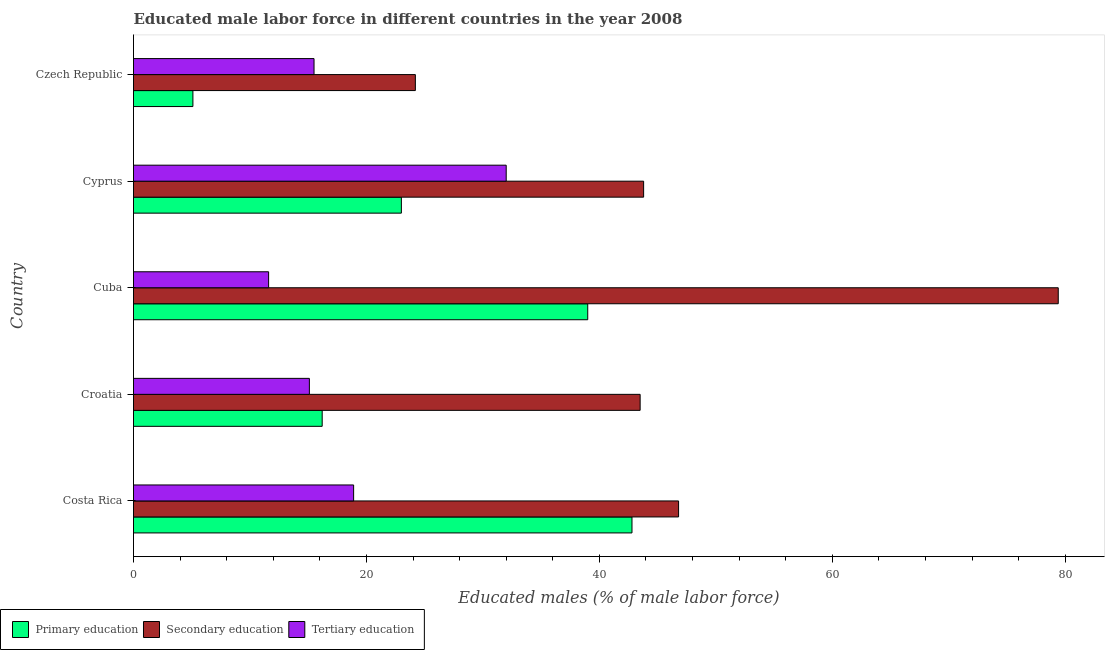
| Country | Primary education | Secondary education | Tertiary education |
 | --- | --- | --- | --- |
 | Costa Rica | 42.8 | 46.8 | 18.9 |
 | Croatia | 16.2 | 43.5 | 15.1 |
 | Cuba | 39 | 79.4 | 11.6 |
 | Cyprus | 23 | 43.8 | 32 |
 | Czech Republic | 5.1 | 24.2 | 15.5 |